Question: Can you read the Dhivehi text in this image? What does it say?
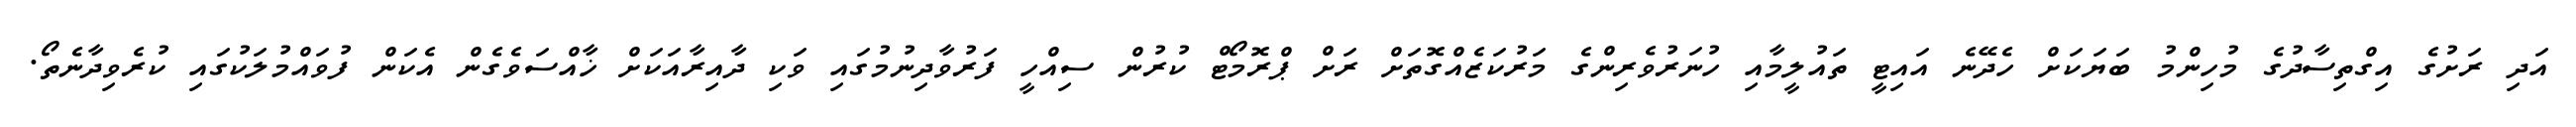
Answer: އަދި ރަށުގެ އިގްތިސާދުގެ މުހިންމު ބަޔަކަށް ހެދޭނެ އައިޓީ ތައުލީމާއި ހުނަރުވެރިންގެ މަރުކަޒެއްގޮތަށް ރަށް ޕްރޮމޯޓް ކުރުން ސިއްހީ ފަރުވާދިނުމުގައި ވަކި ދާއިރާއަކަށް ޚާއްސަވެގެން އެކަން ފުވައްމުލަކުގައި ކުރެވިދާނެތޯ.